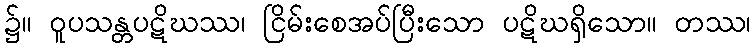
၌။ ဝူပသန္တပဋိဃဿ၊ ငြိမ်းစေအပ်ပြီးသော ပဋိဃရှိသော။ တဿ၊